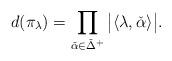
LaTeX: \begin{align*}d(\pi_\lambda)=\prod_{\check{\alpha}\in\check{\Delta}^+}\big|\langle\lambda,\check{\alpha}\rangle\big|.\end{align*}